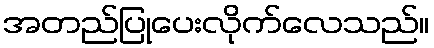
အတည်ပြုပေးလိုက်လေသည်။